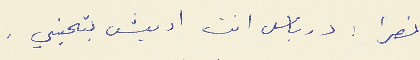
نصرا : درباس انت اديش بتحبني .